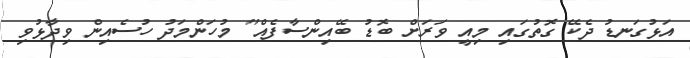
އަޅުގަނޑު ދެކޭ ގޮތުގައި މިއީ ވަރަށް ބޮޑު ބޭއިންސާފެއް" މުހަންމަދު ހުސެއިން ވިދާޅުވި